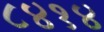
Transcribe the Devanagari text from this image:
८४१४